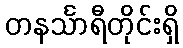
တနင်္သာရီတိုင်းရှိ